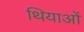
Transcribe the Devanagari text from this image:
थियाओं